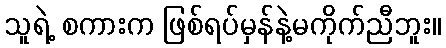
သူရဲ့ စကားက ဖြစ်ရပ်မှန်နဲ့မကိုက်ညီဘူး။